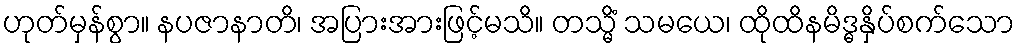
ဟုတ်မှန်စွာ။ နပဇာနာတိ၊ အပြားအားဖြင့်မသိ။ တသ္မိံ သမယေ၊ ထိုထိနမိဒ္ဓနှိပ်စက်သော